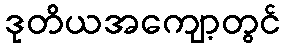
ဒုတိယအကျော့တွင်